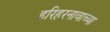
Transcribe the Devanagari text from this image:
हरिहरनावाच्या